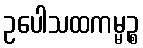
ဥပေါသထကမ္မဉ္စ